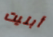
أبليت